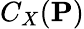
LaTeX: C_{X}(\mathbf{P})